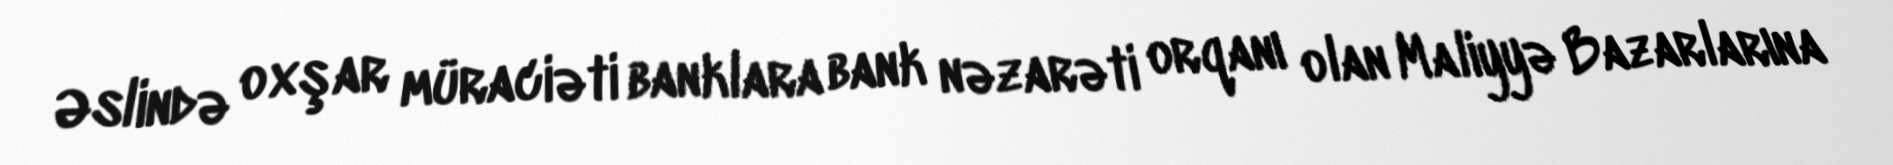
Əslində oxşar müraciəti banklara bank nəzarəti orqanı olan Maliyyə Bazarlarına